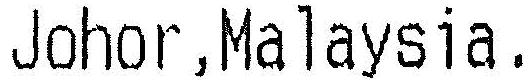
JOHOR,MALAYSIA.